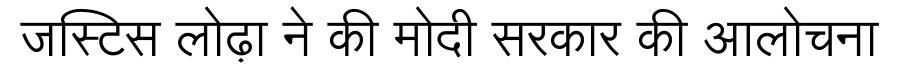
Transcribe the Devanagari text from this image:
जस्टिस लोढ़ा ने की मोदी सरकार की आलोचना